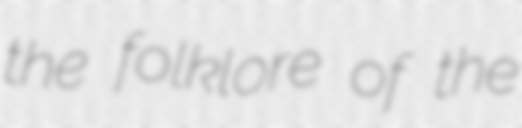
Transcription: the folklore of the